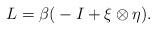
LaTeX: \begin{align*} L = \beta(\null-I+\xi\otimes\eta).\end{align*}